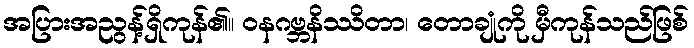
အပြားအညွန့်ရှိကုန်၏။ ဝနဂဗ္ဘနိဿိတာ၊ တောချုံကို မှီကုန်သည်ဖြစ်